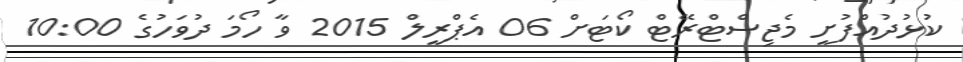
ކުޅުދުއްފުށީ މެޖިސްޓްރޭޓް ކޯޓަށް 06 އެޕްރީލް 2015 ވާ ހޯމަ ދުވަހުގެ 10:00